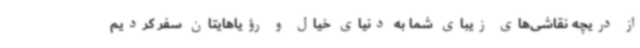
از دریچه نقاشی‌های زیبای شما به دنیای خیال و رؤیاهایتان سفر کردیم